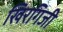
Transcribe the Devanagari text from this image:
खिरगिजी